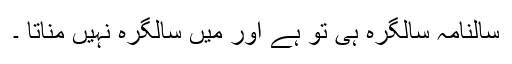
سالنامہ سالگرہ ہی تو ہے اور میں سالگرہ نہیں مناتا ۔